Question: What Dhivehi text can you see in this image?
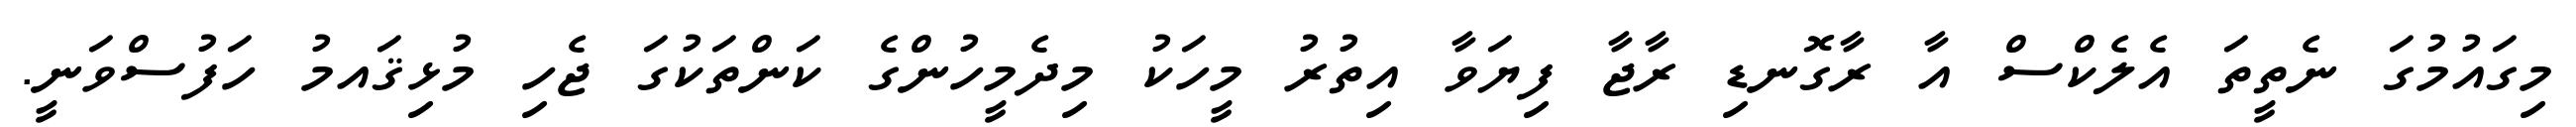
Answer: މިގައުމުގަ ނެތީތަ އެލެކްސް އާ ރާގޮނޑި ރާޖާ ފިޔަވާ އިތުރު މީހަކު މިދެމީހުންގެ ކަންތަކުގަ ޖެހި މުޅިޤައމު ހަފުސްވަނީ.